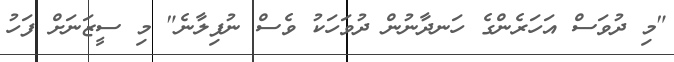
"މި ދުވަސް އަހަރެންގެ ހަނދާނުން ދުވަހަކު ވެސް ނުފިލާނެ" މި ސީޒަނަށް ފަހު